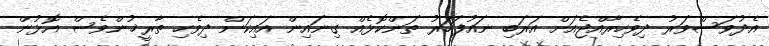
އެދުވަސްވަރު ދިވެހިރާއްޖެއަށް އަރަބި ނައުފަހަރު ތަންކޮޅެއް ގިނައިން އައިކަން ދިވެހި ތާރީޚުންވެސް އޮޅުން